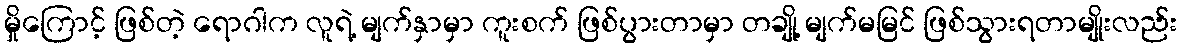
မှိုကြောင့် ဖြစ်တဲ့ ရောဂါက လူရဲ့ မျက်နှာမှာ ကူးစက် ဖြစ်ပွားတာမှာ တချို့ မျက်မမြင် ဖြစ်သွားရတာမျိုးလည်း